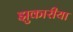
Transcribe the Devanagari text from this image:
झुकारीया